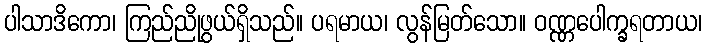
ပါသာဒိကော၊ ကြည်ညိုဖွယ်ရှိသည်။ ပရမာယ၊ လွန်မြတ်သော။ ဝဏ္ဏပေါက္ခရတာယ၊